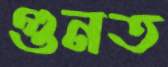
গুনত